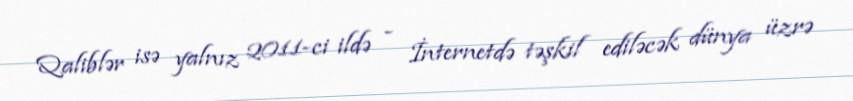
Qaliblər isə yalnız 2011-ci ildə - İnternetdə təşkil ediləcək dünya üzrə